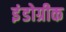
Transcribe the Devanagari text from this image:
इंंडोग्रीक